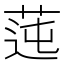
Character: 𦰭